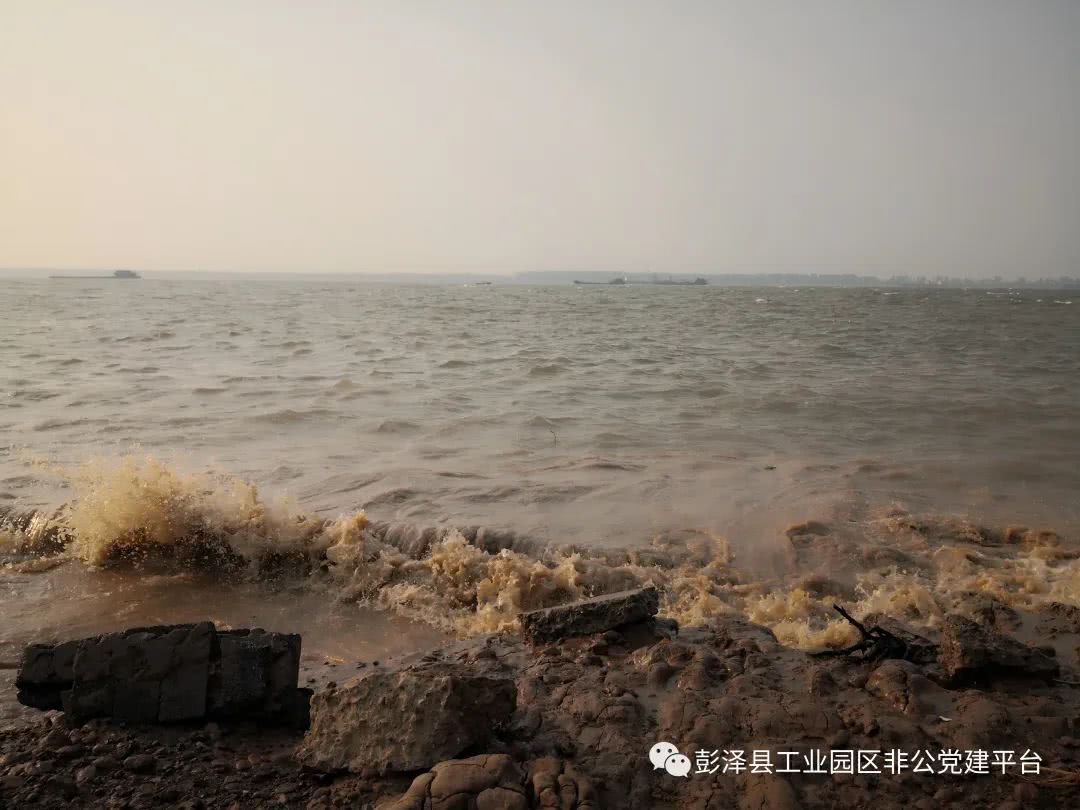
浮云遮月不分明，谁挽长江一洗放天青？